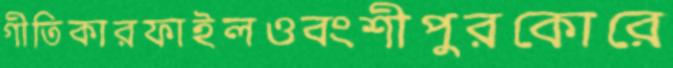
গীতিকারফাইলওবংশীপুরকোরে